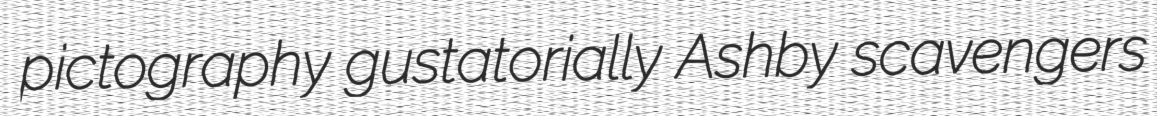
pictography gustatorially Ashby scavengers